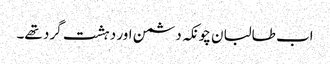
اب طالبان چونکہ دشمن اور دہشت گرد تھے۔